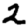
Digit: 2